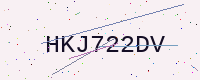
Text: HKJ722DV